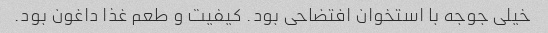
خیلی جوجه با استخوان افتضاحی بود. کیفیت و طعم غذا داغون بود.